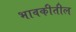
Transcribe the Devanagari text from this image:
भावकीतील